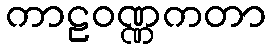
ကာဠဝဏ္ဏကတာ